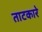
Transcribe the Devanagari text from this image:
ताटकारे